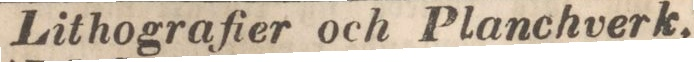
Lithografier och Planchverk.